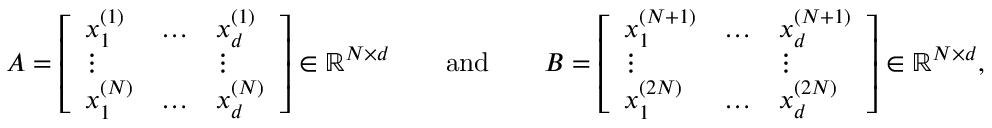
A = \left[ \begin{array} { l l l } { x _ { 1 } ^ { ( 1 ) } } & { \ldots } & { x _ { d } ^ { ( 1 ) } } \\ { \vdots } & & { \vdots } \\ { x _ { 1 } ^ { ( N ) } } & { \ldots } & { x _ { d } ^ { ( N ) } } \end{array} \right] \in \mathbb { R } ^ { N \times d } \qquad \mathrm { a n d } \qquad B = \left[ \begin{array} { l l l } { x _ { 1 } ^ { ( N + 1 ) } } & { \ldots } & { x _ { d } ^ { ( N + 1 ) } } \\ { \vdots } & & { \vdots } \\ { x _ { 1 } ^ { ( 2 N ) } } & { \ldots } & { x _ { d } ^ { ( 2 N ) } } \end{array} \right] \in \mathbb { R } ^ { N \times d } ,